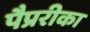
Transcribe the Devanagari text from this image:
पैप्ररीका